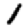
Digit: 1